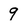
Character: 9